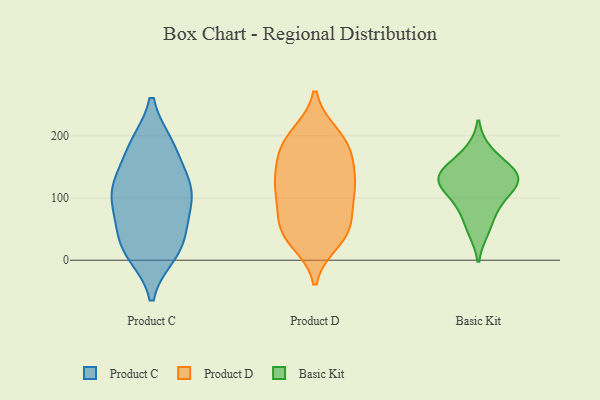
{"axis": {"x": "Demand Index", "y": "Value"}, "legend": ["Basic Kit", "Product C", "Product D"], "data": [{"x": "", "y": 81, "type": "Product C"}, {"x": "", "y": 11, "type": "Product C"}, {"x": "", "y": 126, "type": "Product C"}, {"x": "", "y": 122, "type": "Product C"}, {"x": "", "y": 21, "type": "Product C"}, {"x": "", "y": 116, "type": "Product C"}, {"x": "", "y": 104, "type": "Product C"}, {"x": "", "y": 76, "type": "Product C"}, {"x": "", "y": 185, "type": "Product C"}, {"x": "", "y": 122, "type": "Product C"}, {"x": "", "y": 13, "type": "Product C"}, {"x": "", "y": 184, "type": "Product C"}, {"x": "", "y": 30, "type": "Product C"}, {"x": "", "y": 56, "type": "Product C"}, {"x": "", "y": 185, "type": "Product C"}, {"x": "", "y": 128, "type": "Product D"}, {"x": "", "y": 117, "type": "Product D"}, {"x": "", "y": 200, "type": "Product D"}, {"x": "", "y": 52, "type": "Product D"}, {"x": "", "y": 195, "type": "Product D"}, {"x": "", "y": 116, "type": "Product D"}, {"x": "", "y": 110, "type": "Product D"}, {"x": "", "y": 32, "type": "Product D"}, {"x": "", "y": 90, "type": "Product D"}, {"x": "", "y": 44, "type": "Product D"}, {"x": "", "y": 180, "type": "Product D"}, {"x": "", "y": 166, "type": "Product D"}, {"x": "", "y": 50, "type": "Product D"}, {"x": "", "y": 184, "type": "Product D"}, {"x": "", "y": 139, "type": "Product D"}, {"x": "", "y": 50, "type": "Product D"}, {"x": "", "y": 46, "type": "Basic Kit"}, {"x": "", "y": 134, "type": "Basic Kit"}, {"x": "", "y": 96, "type": "Basic Kit"}, {"x": "", "y": 125, "type": "Basic Kit"}, {"x": "", "y": 146, "type": "Basic Kit"}, {"x": "", "y": 129, "type": "Basic Kit"}, {"x": "", "y": 145, "type": "Basic Kit"}, {"x": "", "y": 113, "type": "Basic Kit"}, {"x": "", "y": 176, "type": "Basic Kit"}, {"x": "", "y": 75, "type": "Basic Kit"}]}